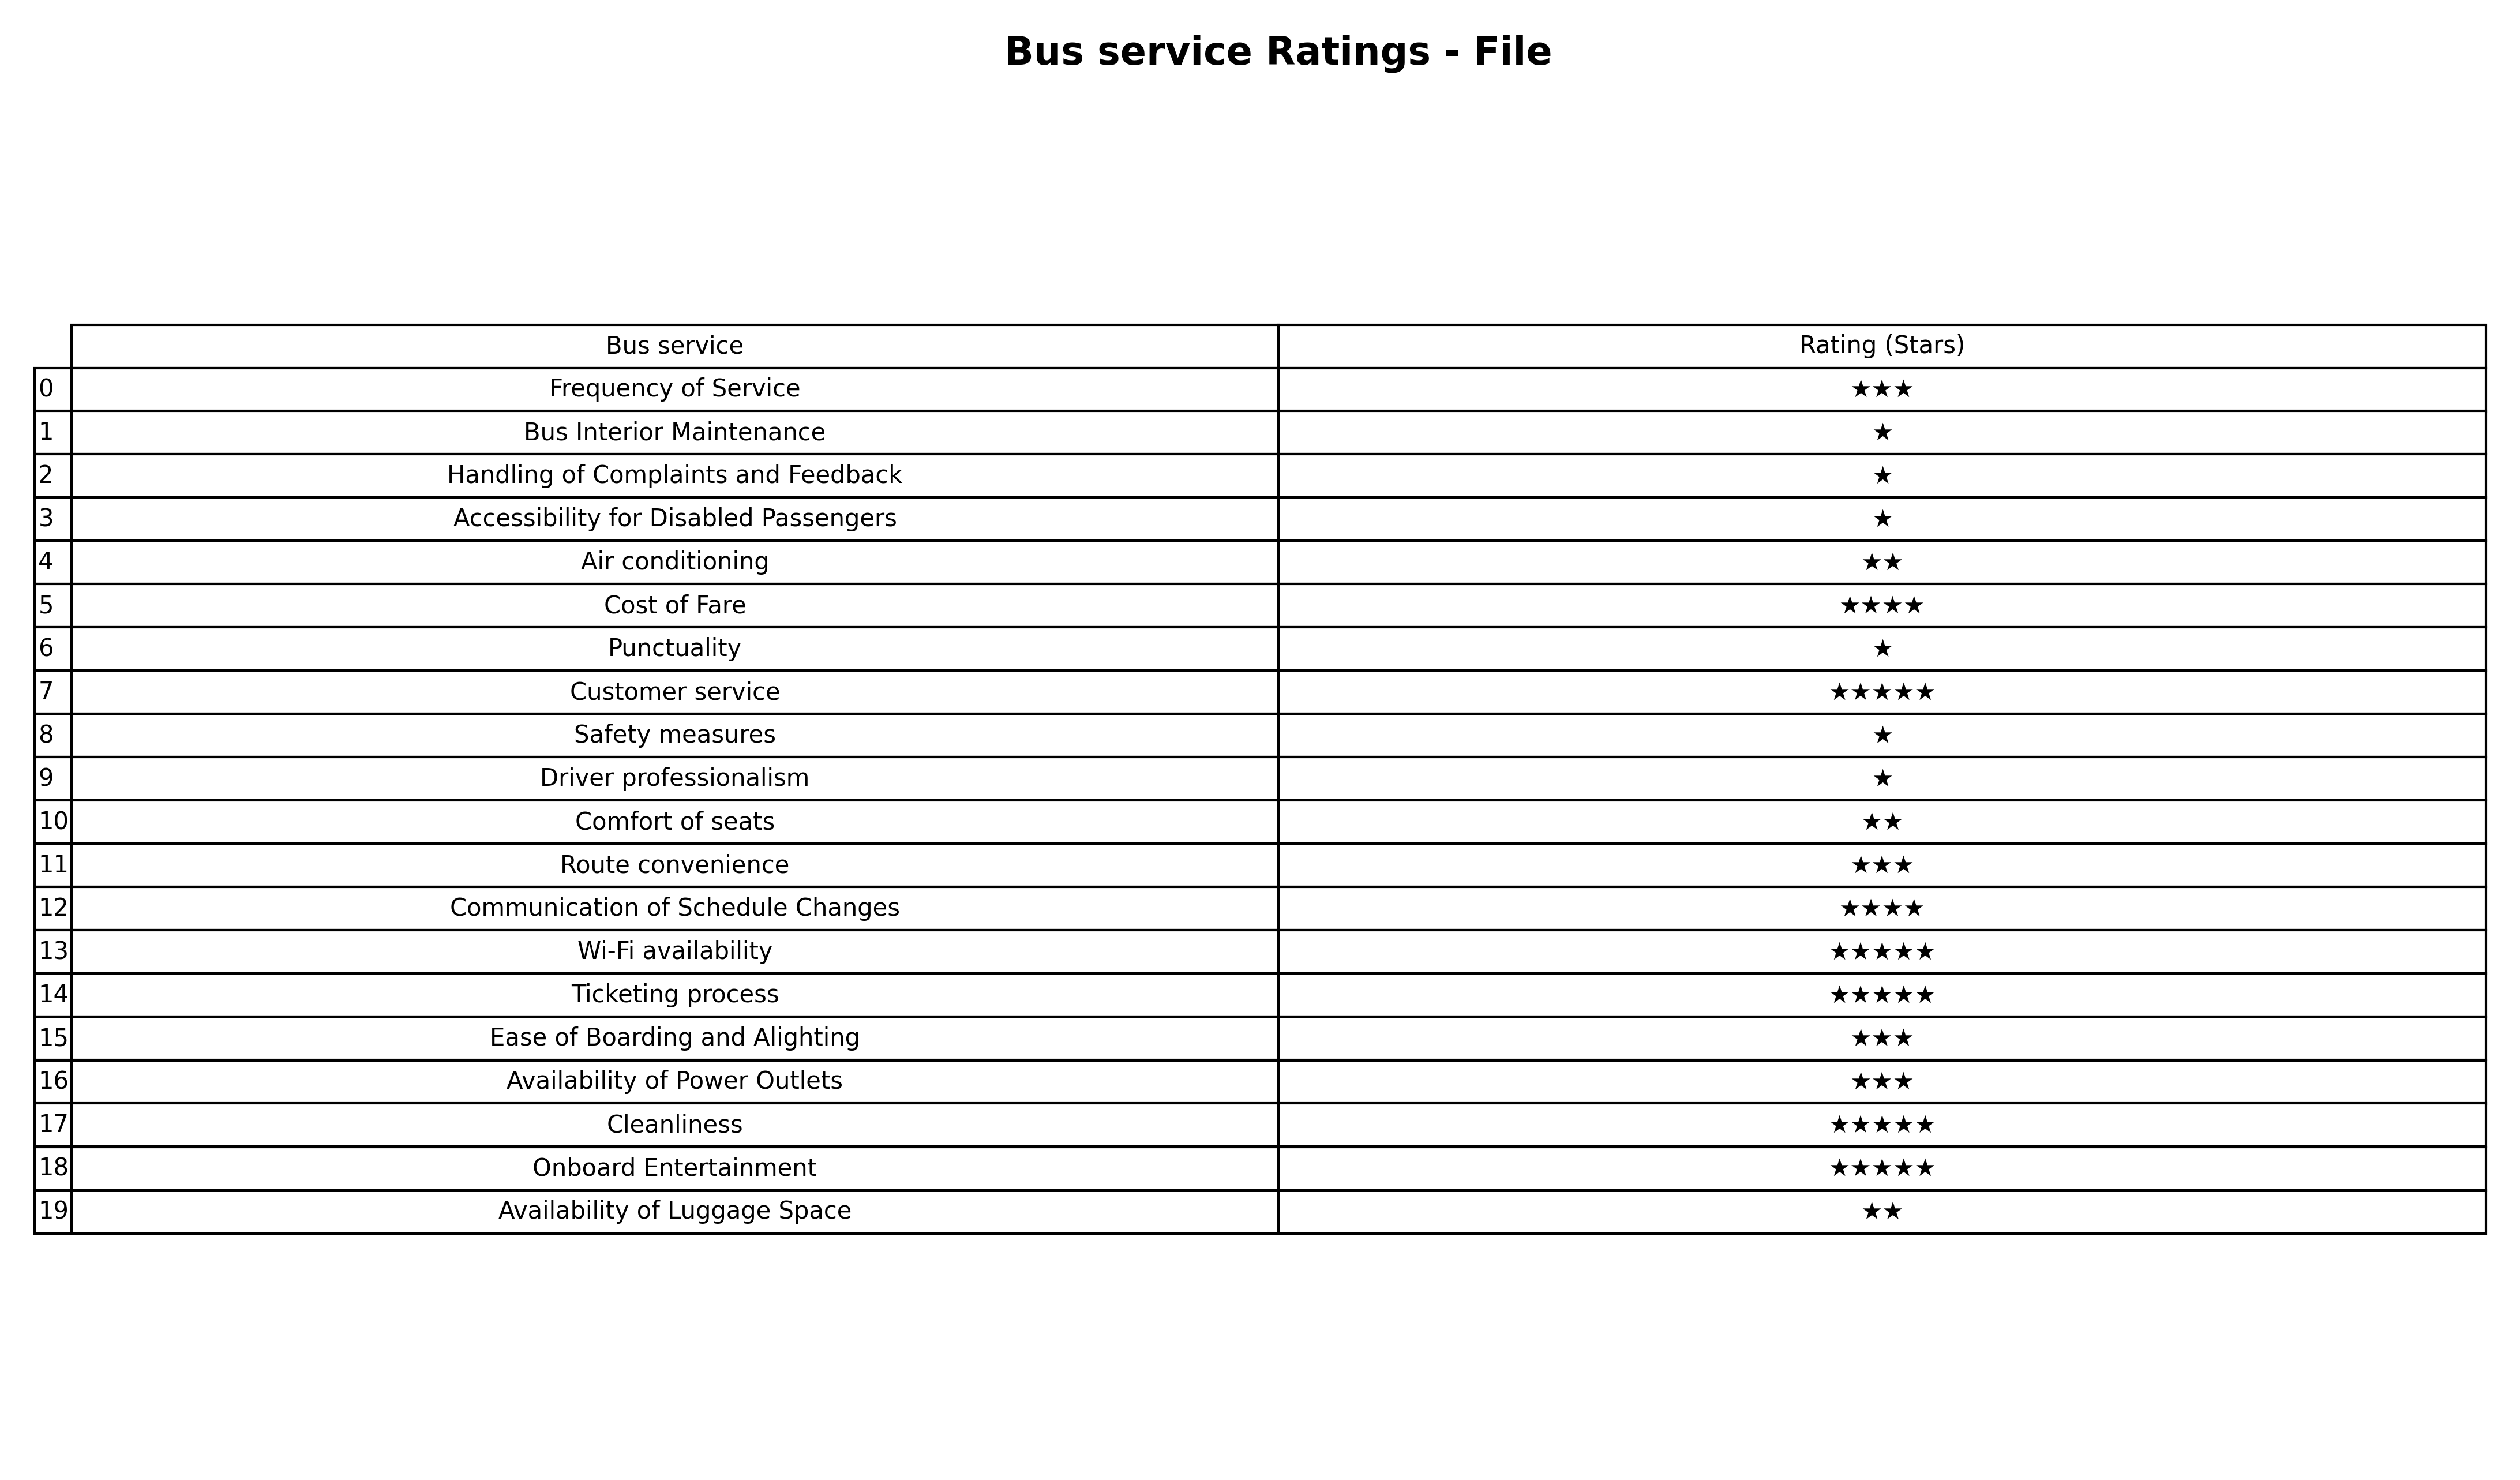
question: What is the rating of Driver professionalism?
answer: ★